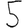
Digit: 5